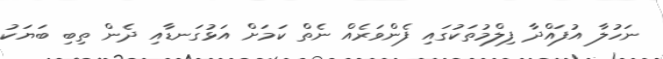
ނަހުލާ އުފައްދާ ފިލްމުތަކުގައި ފެންވަރެއް ނެތް ކަމަށް އަޅުގަނޑާއި ދެން ތިބި ބަޔަކު